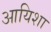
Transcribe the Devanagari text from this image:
आयिशा